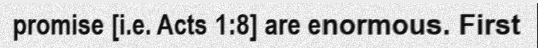
promise [i.e. Acts 1:8] are enormous. First